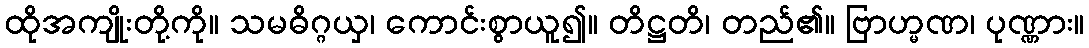
ထိုအကျိုးတို့ကို။ သမဓိဂ္ဂယှ၊ ကောင်းစွာယူ၍။ တိဋ္ဌတိ၊ တည်၏။ ဗြာဟ္မဏ၊ ပုဏ္ဏား။